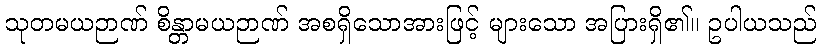
သုတမယဉာဏ် စိန္တာမယဉာဏ် အစရှိသောအားဖြင့် များသော အပြားရှိ၏။ ဥပါယသည်